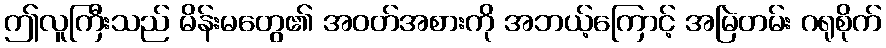
ဤလူကြီးသည် မိန်းမတွေ၏ အဝတ်အစားကို အဘယ့်ကြောင့် အမြဲတမ်း ဂရုစိုက်